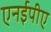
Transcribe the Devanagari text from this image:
एनईपीए